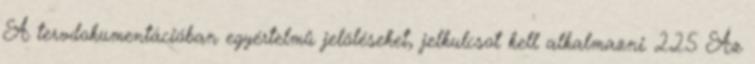
A tervdokumentációban egyértelmû jelöléseket, jelkulcsot kell alkalmazni. 2.2.5 Az